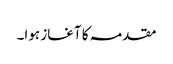
مقدمہ کا آغاز ہوا۔